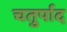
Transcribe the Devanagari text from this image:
चतुर्पाद